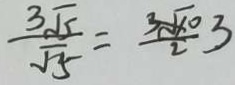
\frac { 3 \sqrt { 5 } } { \sqrt { 5 } } = \frac { 3 \sqrt { 1 0 } } { 2 } 3